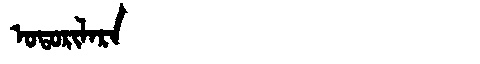
Manchu: ᠣᡨᠣᡵᡳᠯᠠᡵᠠ
Romanization: OTORILARA